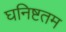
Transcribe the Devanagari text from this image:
घनिष्टतम